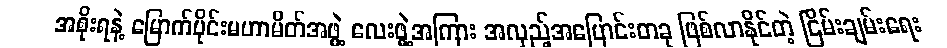
အစိုးရနဲ့ မြောက်ပိုင်းမဟာမိတ်အဖွဲ့ လေးဖွဲ့အကြား အလှည့်အပြောင်းတခု ဖြစ်လာနိုင်တဲ့ ငြိမ်းချမ်းရေး